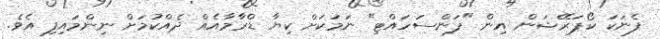
ފެނަކަ ކޯޕަރޭޝަން އިން "ފަންސަހައްޓި" ނަމަކަށް ކިޔާ ޑްރާމާއެއް ދެއްކުމަށް ނިންމައިފި އެވެ.